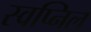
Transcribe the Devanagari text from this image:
स्‍वप्निल